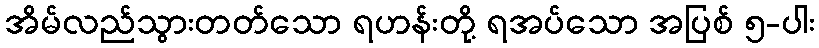
အိမ်လည်သွားတတ်သော ရဟန်းတို့ ရအပ်သော အပြစ် ၅-ပါး